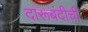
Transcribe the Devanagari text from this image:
दारूबंदीची